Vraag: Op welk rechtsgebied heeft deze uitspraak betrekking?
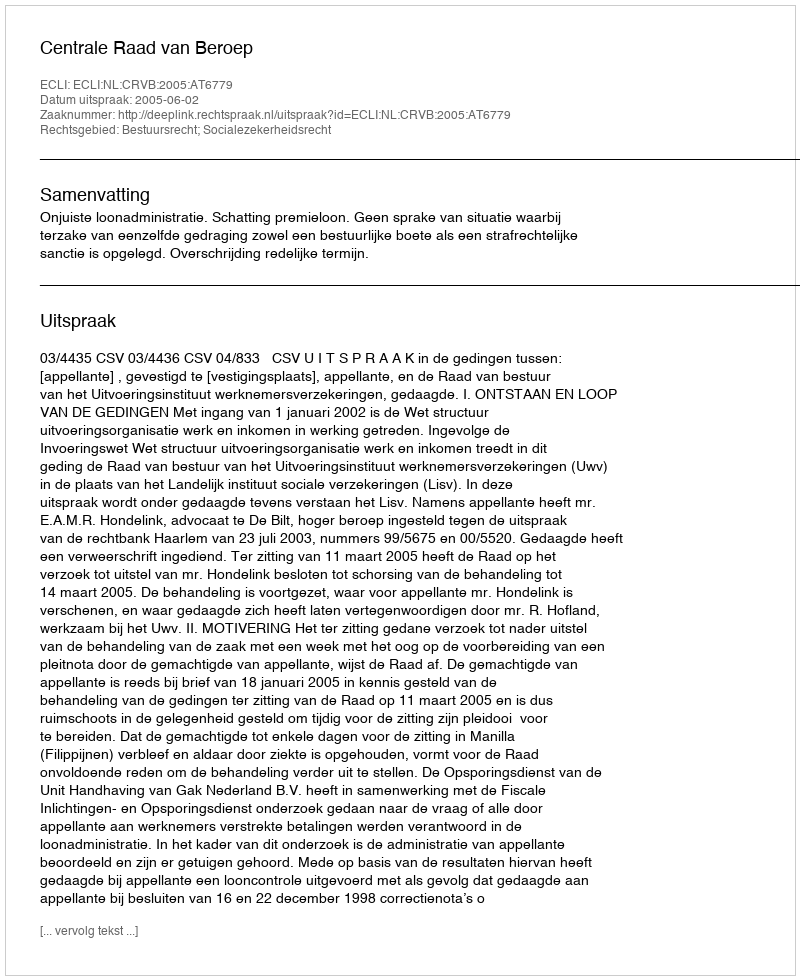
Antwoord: Bestuursrecht; Socialezekerheidsrecht